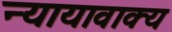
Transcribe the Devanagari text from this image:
न्यायावाक्य